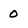
Character: 0